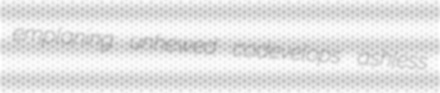
emplaning unhewed codevelops ashless